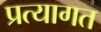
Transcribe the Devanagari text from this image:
प्रत्यागत